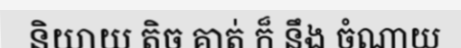
និយាយ តិច គាត់ ក៏ នឹង ចំណាយ